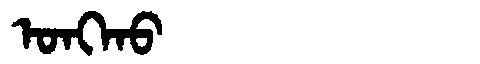
Manchu: ᠣᠩᡴᠣ
Romanization: ONGKO